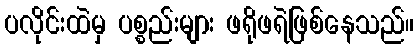
ပလိုင်းထဲမှ ပစ္စည်းများ ဖရိုဖရဲဖြစ်နေသည်။